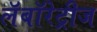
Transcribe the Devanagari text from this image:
लॅबॉरेट्रीज